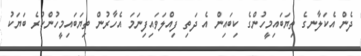
ދެން އެކަލާނގެ ތިޔަބައިމީހުންގެ ކިބައިން އެ ދަތި ފިއްލަވައިފިނަމަ އެހާރުން ތިޔަބައިމީހުންކުރެ ބަޔަކު